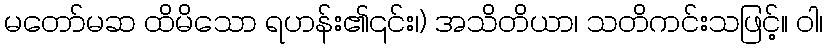
မတော်မဆ ထိမိသော ရဟန်း၏၎င်း၊) အသိတိယာ၊ သတိကင်းသဖြင့်။ ဝါ၊